Raikkula_vallavalitsus, lk 3
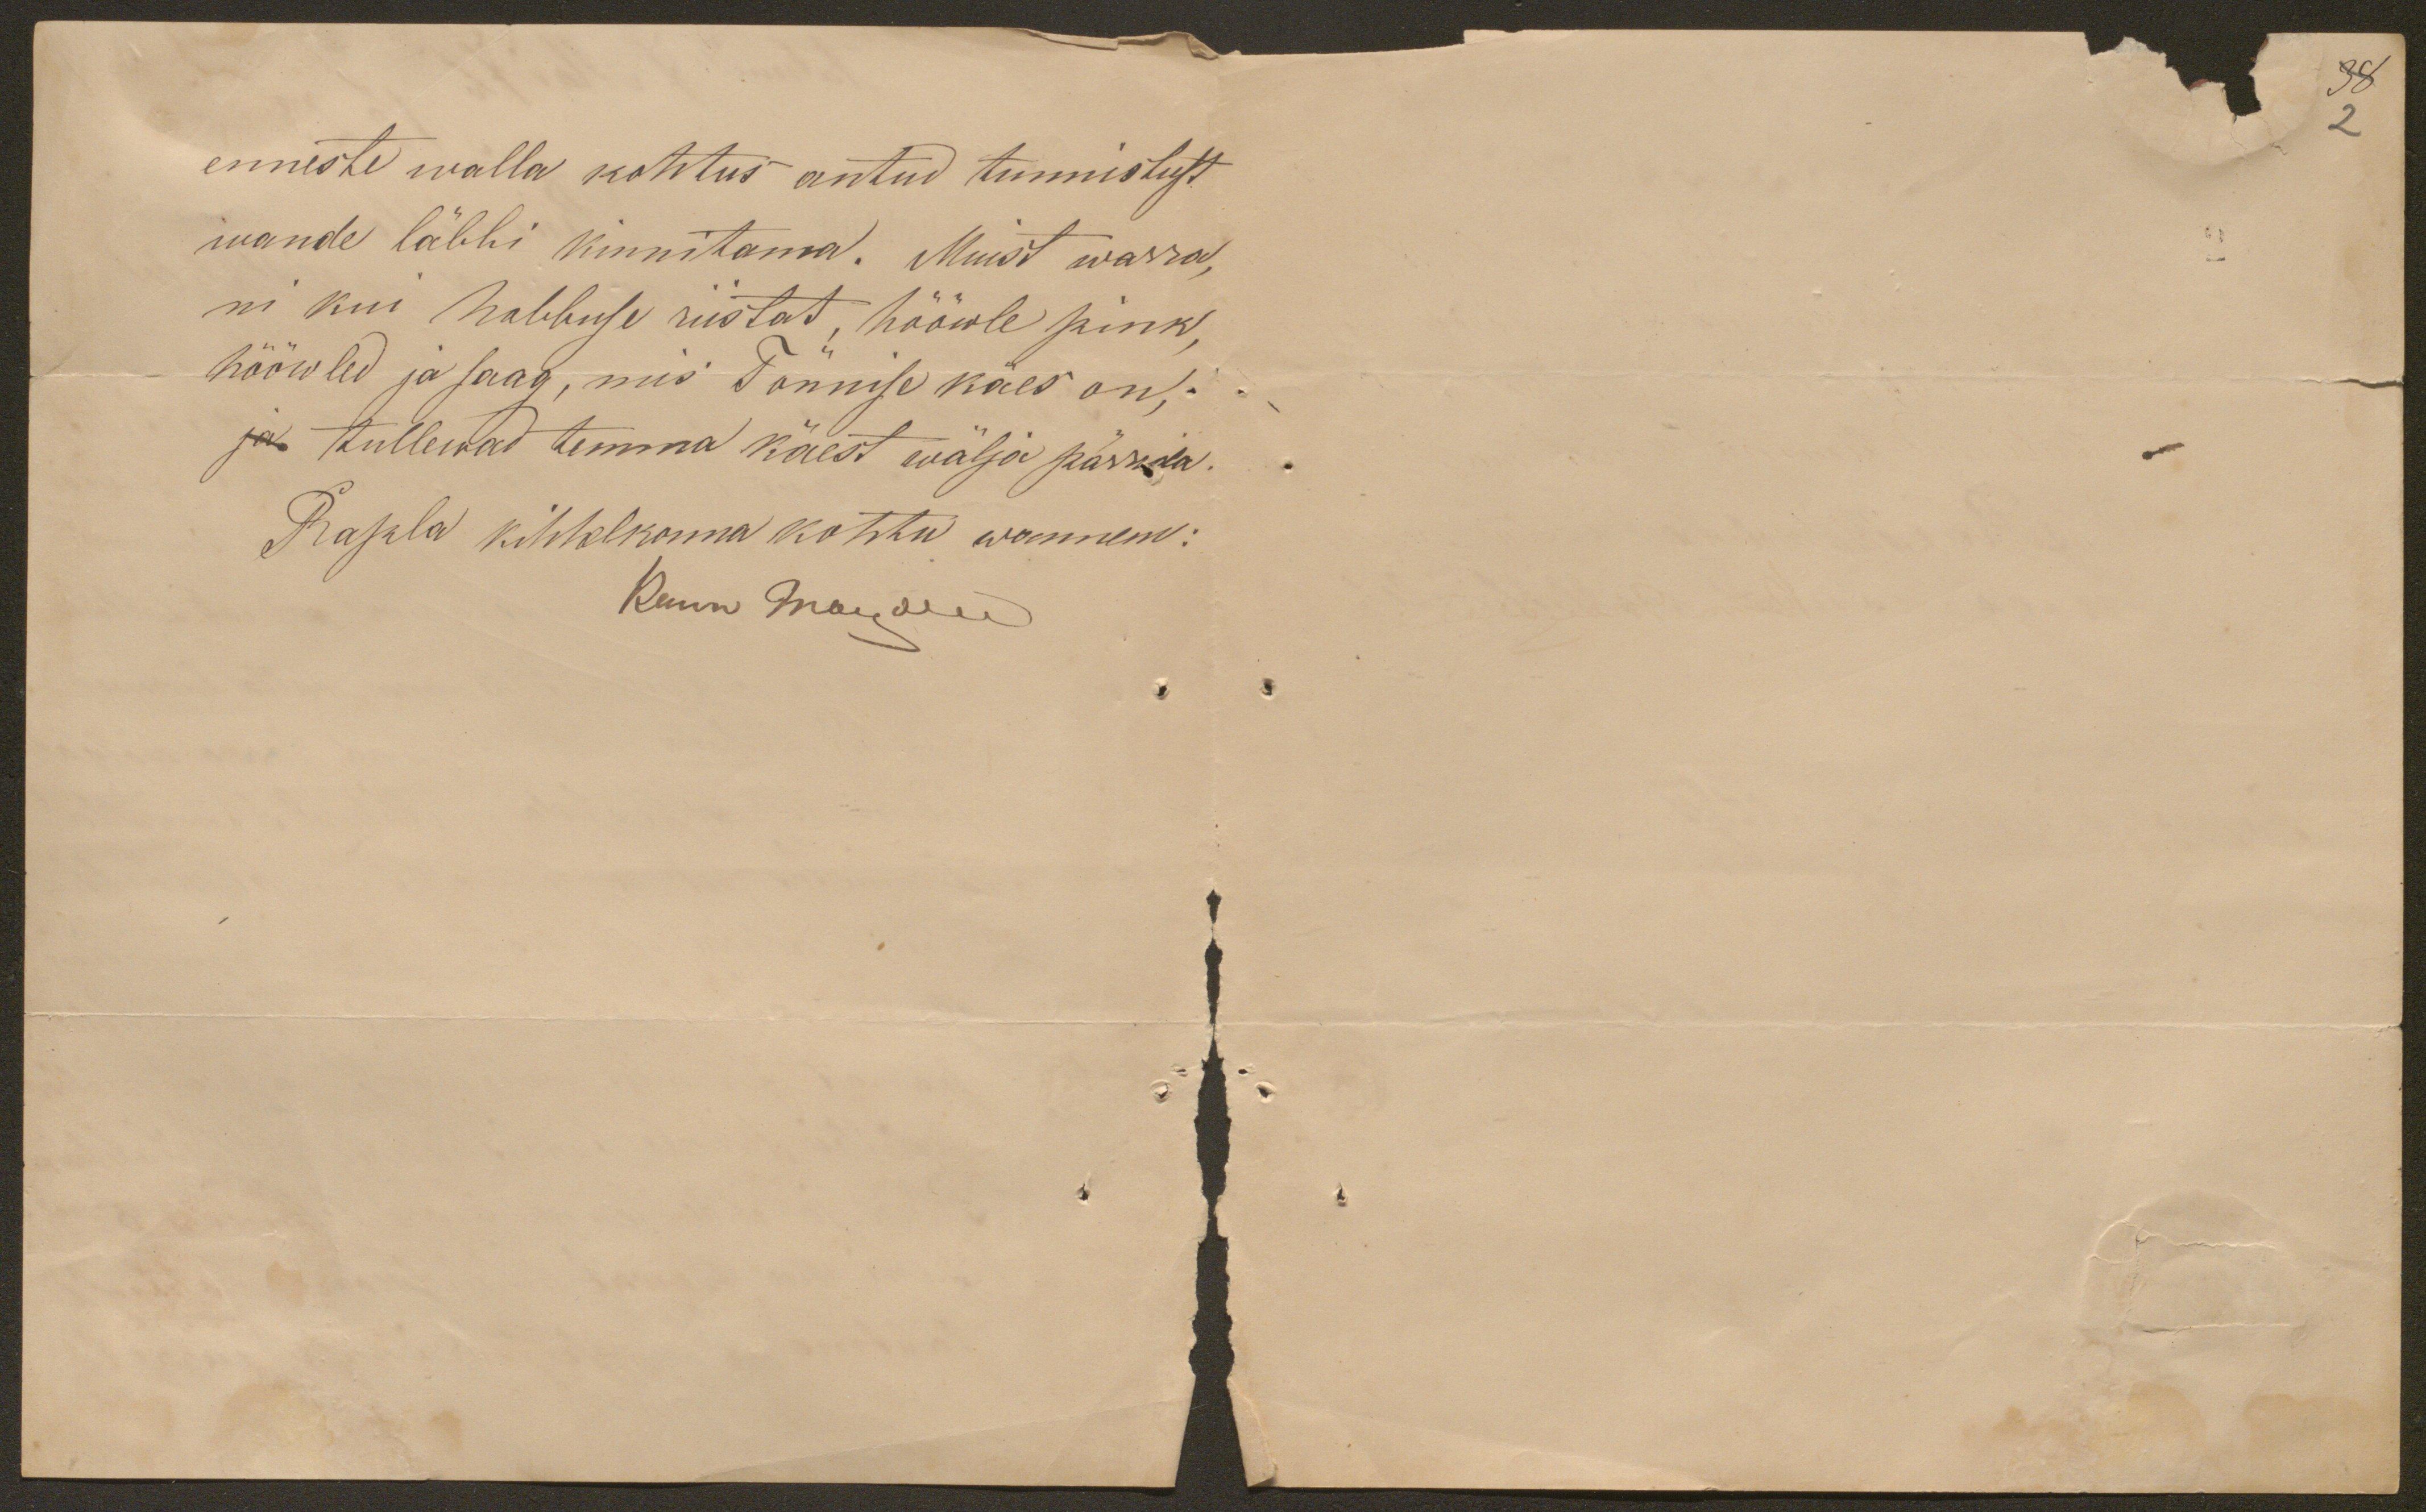
38
2

enneste walla kohtus antud tunnistust
wande läbbi kinnitama. Muist warra,
ni kui habbuse riistat, hööwle pink,
hööwled ja saag, mis Tõnnise käes on.
ja tullewad temma käest wälja pärrida.
Rapla kihhelkonna kohtu wannem:
Renn Maewee